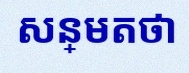
សន្មតថា x ជាចំនួនពិត